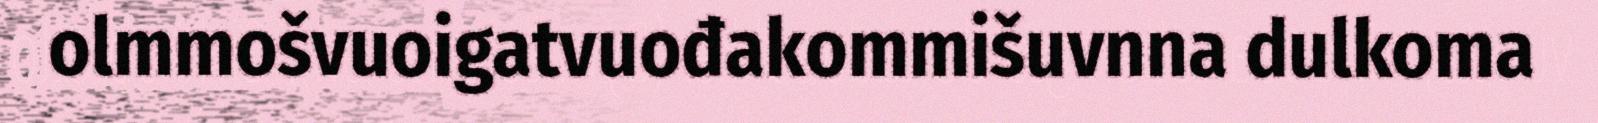
olmmošvuoigatvuođakommišuvnna dulkoma